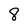
Character: 8